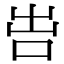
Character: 𠰕